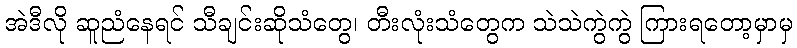
အဲဒီလို ဆူညံနေရင် သီချင်းဆိုသံတွေ၊ တီးလုံးသံတွေက သဲသဲကွဲကွဲ ကြားရတော့မှာမှ